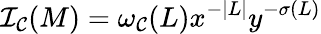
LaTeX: {\cal I_{C}}(M)=\omega_{\cal C}(L)x^{-|L|}y^{-\sigma(L)}